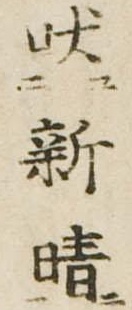
吠新晴